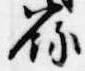
録